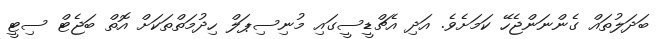
ބަދަލުތައް ގެންނަންޖެހޭ ކަމަށެވެ. އަދި އެޗްޑީސީގައި މުނިސިޕަލް ހިދުމަތްތަކަށް އޮތް ބަޖެޓް ސިޓީ